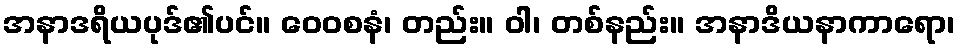
အနာဒရိယပုဒ်၏ပင်။ ဝေဝစနံ၊ တည်း။ ဝါ၊ တစ်နည်း။ အနာဒိယနာကာရော၊